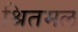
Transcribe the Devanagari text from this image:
श्रितमलं